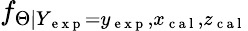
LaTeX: f_{\Theta|Y_{\mathrm{~e~x~p~}}=y_{\mathrm{~e~x~p~}},x_{\mathrm{~c~a~l~}},z_{\mathrm{~c~a~l~}}}